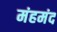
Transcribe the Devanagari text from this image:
मंहमंद